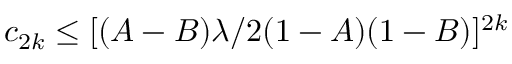
c _ { 2 k } \leq [ ( A - B ) \lambda / 2 ( 1 - A ) ( 1 - B ) ] ^ { 2 k }